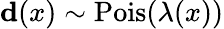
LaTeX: \mathbf{d}(x)\sim\mathrm{Pois}(\lambda(x))